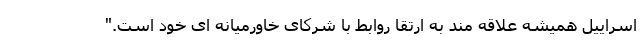
اسراییل همیشه علاقه مند به ارتقا روابط با شرکای خاورمیانه ای خود است."